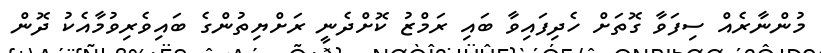
މުންނާރެއް ސިފަވާ ގޮތަށް ހެދިފައިވާ ބައި ރަމްޒު ކޮށްދެނީ ރަށްޔިތުންގެ ބައިވެރިވުމާއެކު ދޮން